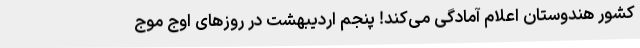
کشور هندوستان اعلام آمادگی می‌کند! پنجم اردیبهشت در روزهای اوج موج